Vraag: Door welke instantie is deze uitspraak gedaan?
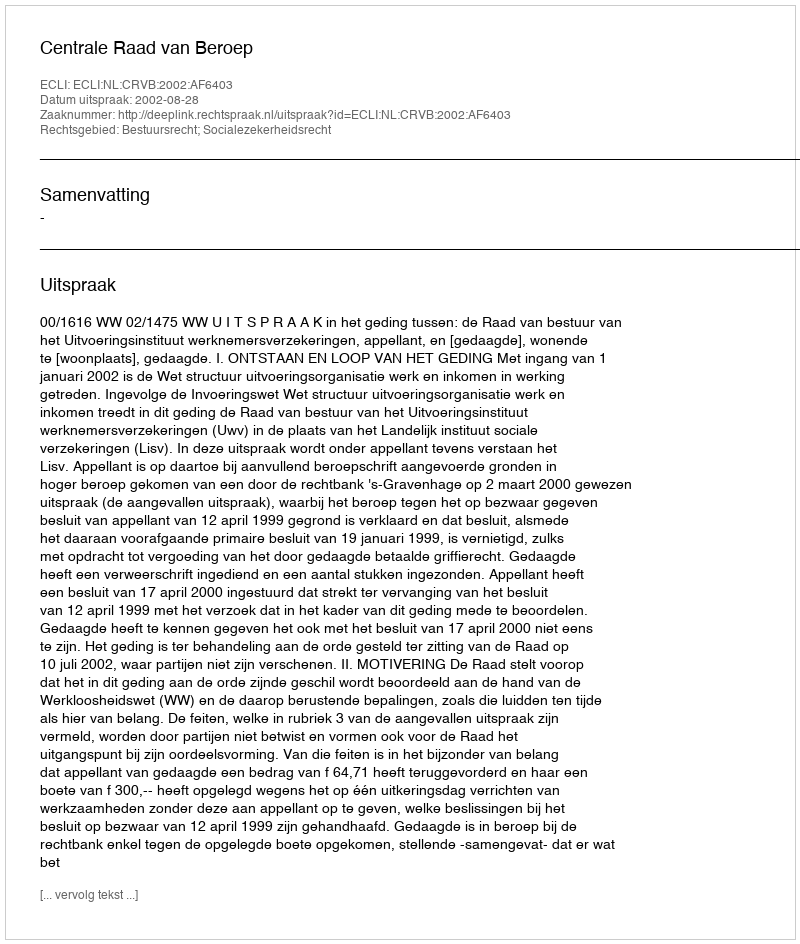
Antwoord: Centrale Raad van Beroep